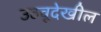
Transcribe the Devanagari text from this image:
उठवूदेखील